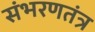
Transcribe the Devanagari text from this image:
संभरणतंत्र